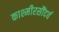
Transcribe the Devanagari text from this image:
काश्मीरसौंदर्य